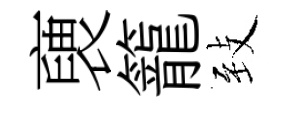
褏籠𦤺